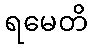
ရမေတိ